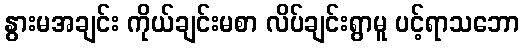
နွားမအချင်း ကိုယ်ချင်းမစာ လိပ်ချင်းရွာမူ ပင့်ရာသဘော